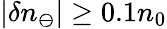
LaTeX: |\delta n_{\ominus}|\geq 0.1n_{0}